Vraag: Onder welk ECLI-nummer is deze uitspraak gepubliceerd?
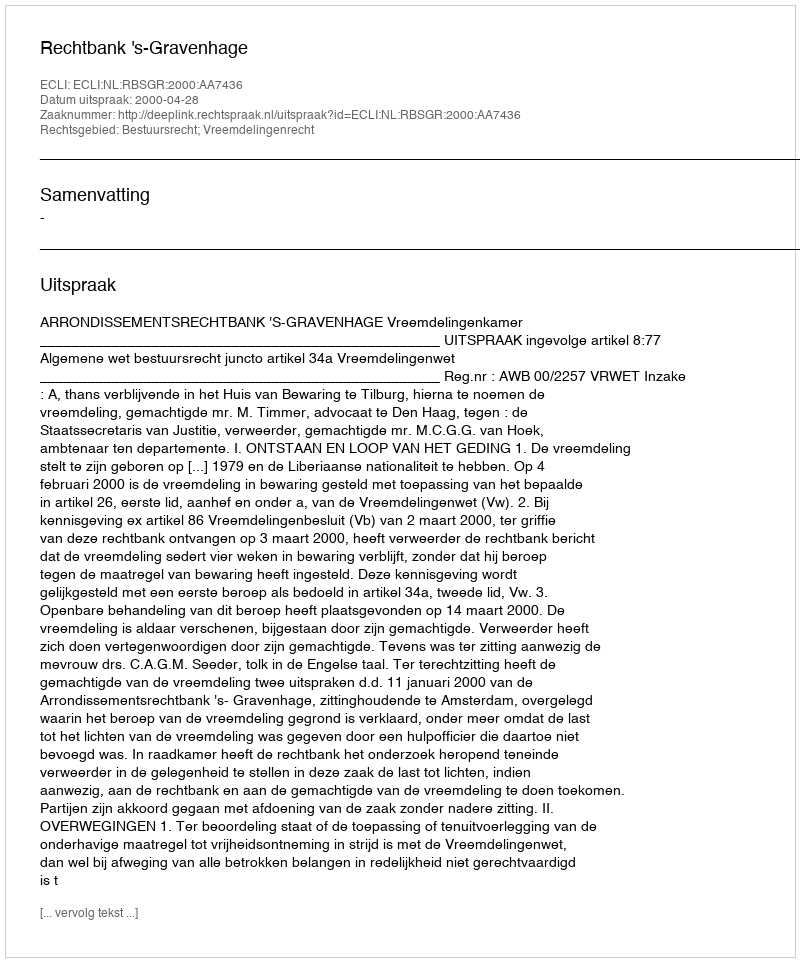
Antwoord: ECLI:NL:RBSGR:2000:AA7436